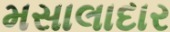
મસાલાદાર